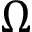
\Omega